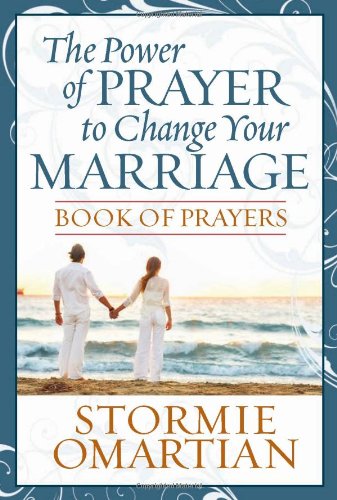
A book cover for The Power of Prayer to Change Your Marriage Book of Prayers; Stormie Omartian; Christian Books & Bibles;